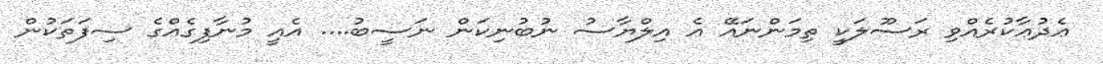
ޢެދުޢާކުރެއްވި ރަސޫލަކީ ތިމަންނައޭ އެ އިލްޔާސު ނުބުނިކަން ނަސީބު.... އެއީ މުނާފިގެއްގެ ސިފަތަކުން